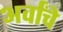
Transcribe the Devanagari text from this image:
अर्वांचे